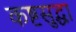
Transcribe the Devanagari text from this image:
कष्टसुद्धा